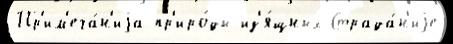
Пр'им'еча́н'иjа пр'иро́ды из'я́щных Страда́н'иjе